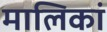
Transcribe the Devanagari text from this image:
मालिकां